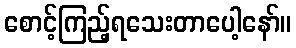
စောင့်ကြည့်ရသေးတာပေါ့နော်။